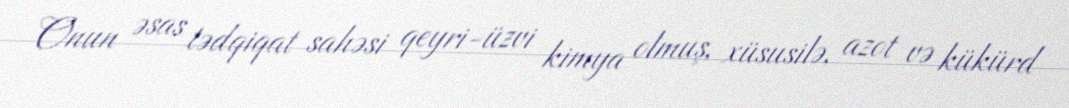
Onun əsas tədqiqat sahəsi qeyri-üzvi kimya olmuş, xüsusilə, azot və kükürd